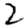
Digit: 2